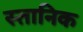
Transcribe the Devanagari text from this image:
स्तानिक